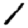
Digit: 1